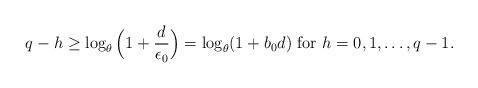
LaTeX: \begin{align*} q-h\ge \log_{\theta}\Big(1+\frac{d}{\epsilon_0}\Big)=\log_{\theta}(1+b_0d)~{\rm for}~h=0,1,\dots,q-1. \end{align*}